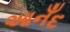
આનઁદ